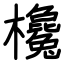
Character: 欃